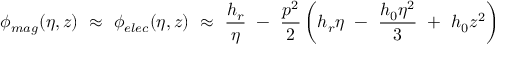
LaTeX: \phi _ { m a g } ( \eta , z ) ~ \approx ~ \phi _ { e l e c } ( \eta , z ) ~ \approx ~ \frac { h _ { r } } \eta ~ - ~ \frac { p ^ { 2 } } { 2 } \left( h _ { r } \eta ~ - ~ \frac { h _ { 0 } \eta ^ { 2 } } { 3 } ~ + ~ h _ { 0 } z ^ { 2 } \right)